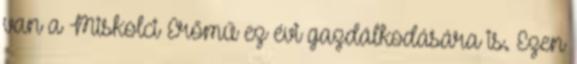
van a Miskolci Erőmű ez évi gazdálkodására is. Ezen